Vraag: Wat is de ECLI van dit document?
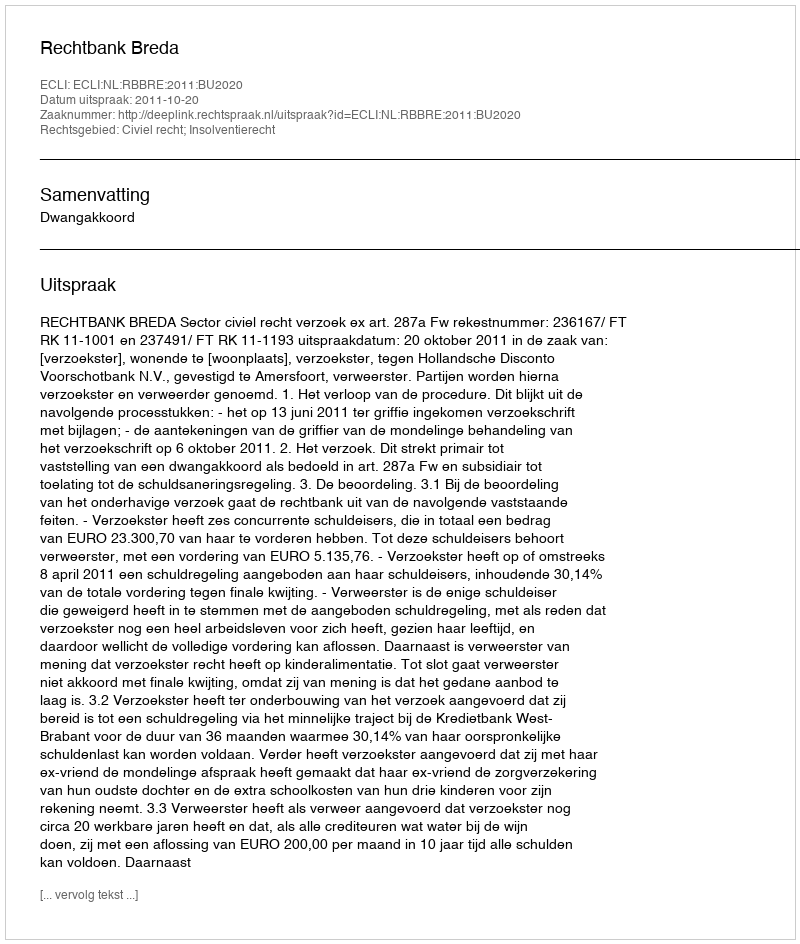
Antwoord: ECLI:NL:RBBRE:2011:BU2020